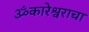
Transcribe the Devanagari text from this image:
ॐकारेश्वराचा